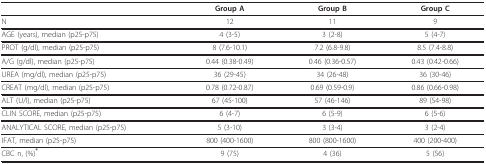
<table><thead><tr><td></td><td><b>Group A</b></td><td><b>Group B</b></td><td><b>Group C</b></td></tr></thead><tbody><tr><td>N</td><td>12</td><td>11</td><td>9</td></tr><tr><td>AGE (years), median (p25-p75)</td><td>4 (3-5)</td><td>3 (2-8)</td><td>5 (4-7)</td></tr><tr><td>PROT (g/dl), median (p25-p75)</td><td>8 (7.6-10.1)</td><td>7.2 (6.8-9.8)</td><td>8.5 (7.4-8.8)</td></tr><tr><td>A/G (g/dl), median (p25-p75)</td><td>0.44 (0.38-0.49)</td><td>0.46 (0.36-0.57)</td><td>0.43 (0.42-0.66)</td></tr><tr><td>UREA (mg/dl), median (p25-p75)</td><td>36 (29-45)</td><td>34 (26-48)</td><td>36 (30-46)</td></tr><tr><td>CREAT (mg/dl), median (p25-p75)</td><td>0.78 (0.72-0.87)</td><td>0.69 (0.59-0.9)</td><td>0.86 (0.66-0.98)</td></tr><tr><td>ALT (U/l), median (p25-p75)</td><td>67 (45-100)</td><td>57 (46-146)</td><td>89 (54-98)</td></tr><tr><td>CLIN SCORE, median (p25-p75)</td><td>6 (4-7)</td><td>6 (5-9)</td><td>6 (5-6)</td></tr><tr><td>ANALYTICAL SCORE, median (p25-p75)</td><td>5 (3-10)</td><td>3 (3-4)</td><td>3 (2-4)</td></tr><tr><td>IFAT, median (p25-p75)</td><td>800 (400-1600)</td><td>800 (800-1600)</td><td>400 (200-400)</td></tr><tr><td>CBC n, (%)<sup><b>*</b></sup></td><td>9 (75)</td><td>4 (36)</td><td>5 (56)</td></tr></tbody></table>